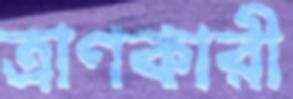
ত্রাণকারী